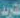
لتوريد